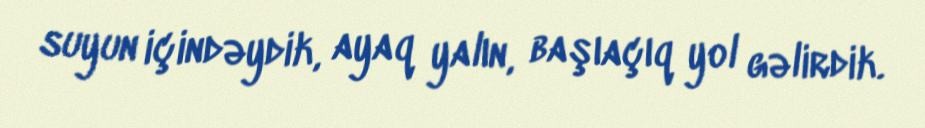
suyun içindəydik, ayaq yalın, başıaçıq yol gəlirdik.